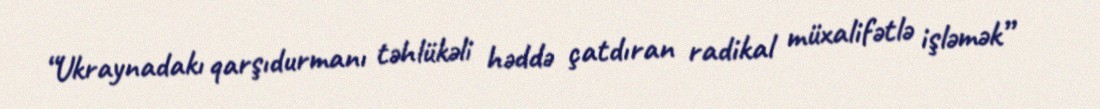
“Ukraynadakı qarşıdurmanı təhlükəli həddə çatdıran radikal müxalifətlə işləmək”